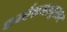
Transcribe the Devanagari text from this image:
धर्माश्रमानूसार